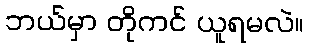
ဘယ်မှာ တိုကင် ယူရမလဲ။